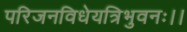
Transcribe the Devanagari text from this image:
परिजनविधेयत्रिभुवनः।।